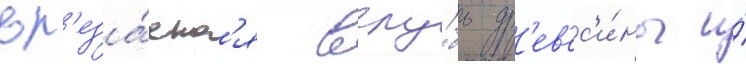
вр'еза́етс'я вглу́бь др'ев'ес'и́ны и́